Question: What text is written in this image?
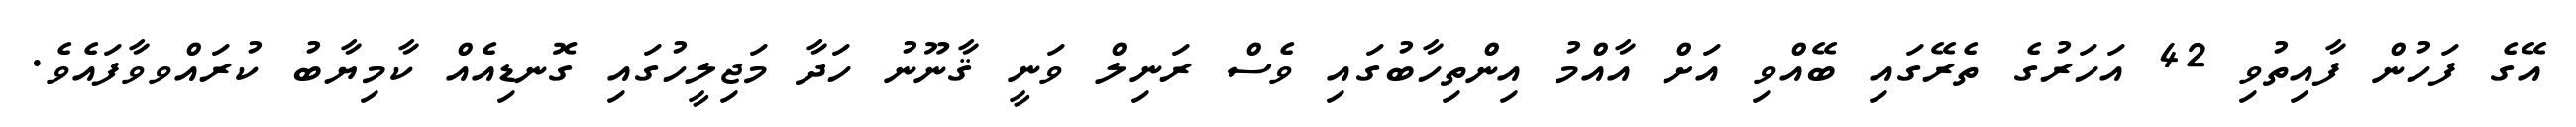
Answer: އޭގެ ފަހުން ފާއިތުވި 42 އަހަރުގެ ތެރޭގައި ބޭއްވި އަށް އާއްމު އިންތިހާބުގައި ވެސް ރަނިލް ވަނީ ޤާނޫނު ހަދާ މަޖިލީހުގައި ގޮނޑިއެއް ކާމިޔާބު ކުރައްވވާފައެވެ.